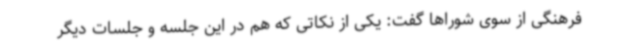
فرهنگی از سوی شوراها گفت: یکی از نکاتی که هم در این جلسه و جلسات دیگر